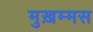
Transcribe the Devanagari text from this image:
मुख़म्मस